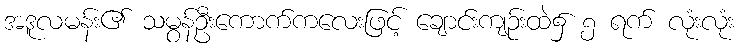
အဒူလမန်း၏ သမွန်ဦးကောက်ကလေးဖြင့် ချောင်းကျဉ်းထဲ၌ ၅ ရက် လုံးလုံး